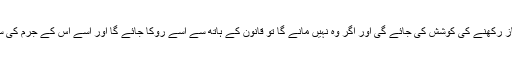
اس کو اس سے باز رکھنے کی کوشش کی جائے گی اور اگر وہ نہیں مانے گا تو قانون کے ہاتھ سے اسے روکا جائے گا اور اسے اس کے جرم کی سزا دی جائے گی۔